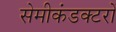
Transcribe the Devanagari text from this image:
सेमीकंडक्टरों